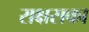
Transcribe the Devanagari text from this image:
राक्षसका